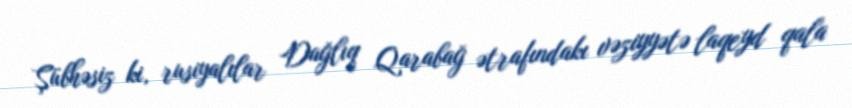
Şübhəsiz ki, rusiyalılar Dağlıq Qarabağ ətrafındakı vəziyyətə laqeyd qala